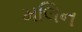
મલિન